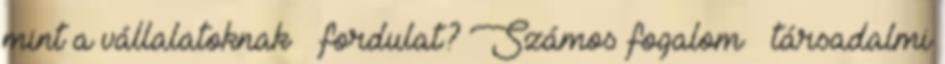
mint a vállalatoknak – fordulat? Számos fogalom – társadalmi